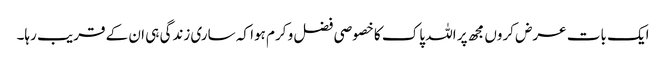
ایک بات عرض کروں مجھ پر اللہ پاک کا خصوصی فضل و کرم ہوا کہ ساری زندگی ہی ان کے قریب رہا۔